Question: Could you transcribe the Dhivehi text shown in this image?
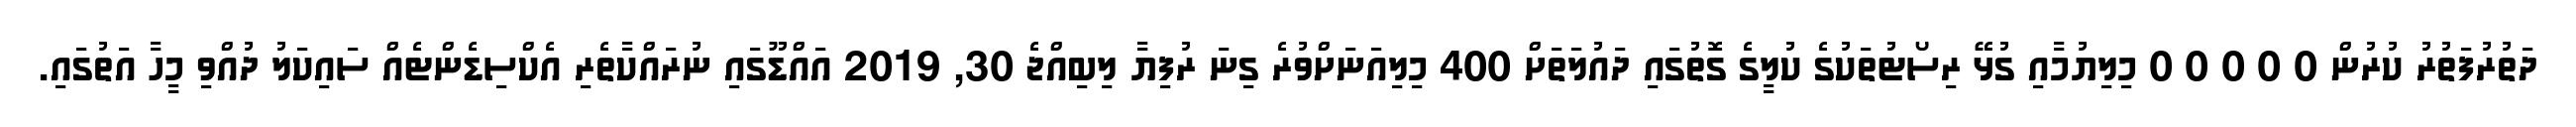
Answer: ދަތުރުފަތުރު ކުރުން 0 0 0 0 0 މިލިޔުމާއި ގުޅޭ ރިސޯޓުތަކުގެ ކުލީގެ ގޮތުގައި ދައުލަތަށް 400 މިލިއަނަށްވުރެ ގިނަ ރުފިޔާ ލިބިއްޖެ 30, 2019 އައްޑޫގައި ނުރައްކާތެރި އެކްސިޑެންޓެއް ސައިކަލު ދުއްވި މީހާ އަތުގައި.